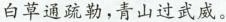
白草通疏勒，青山过武威。